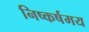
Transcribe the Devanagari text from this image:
निष्कर्षमय